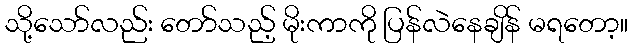
သို့သော်လည်း တော်သည့် မိုးကာကို ပြန်လဲနေချိန် မရတော့။